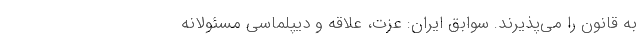
به قانون را می‌پذیرند. سوابق ایران: عزت، علاقه و دیپلماسی مسئولانه